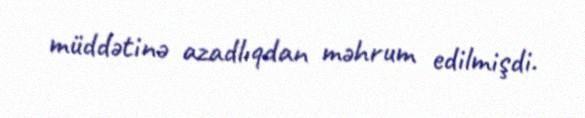
müddətinə azadlıqdan məhrum edilmişdi.